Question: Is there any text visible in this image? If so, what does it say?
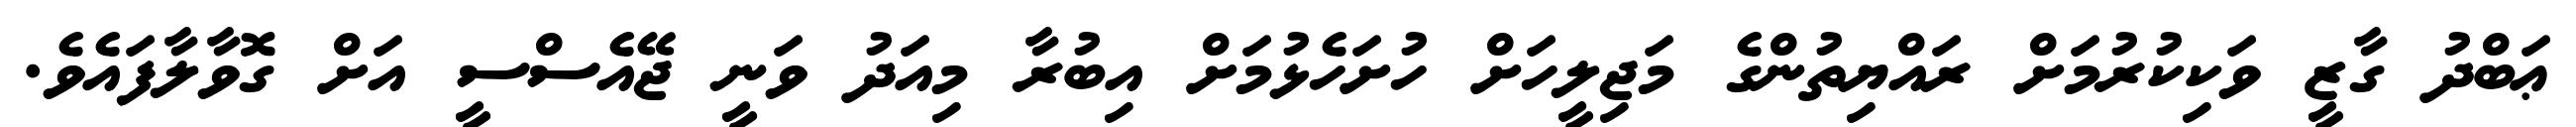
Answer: ޢަބްދު ގާޒީ ވަކިކުރުމަށް ރައްޔިތުންގެ މަޖިލީހަށް ހުށަހެޅުމަށް އިބުރާ މިއަދު ވަނީ ޖޭއެސްސީ އަށް ގޮވާލާފައެވެ.